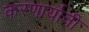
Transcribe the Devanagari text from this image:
करणार्यानी